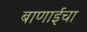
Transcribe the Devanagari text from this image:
बाणाईचा